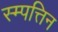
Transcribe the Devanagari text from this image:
स्म्पत्तिन